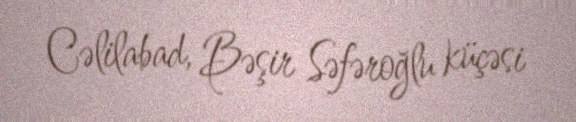
Cəlilabad, Bəşir Səfəroğlu küçəsi